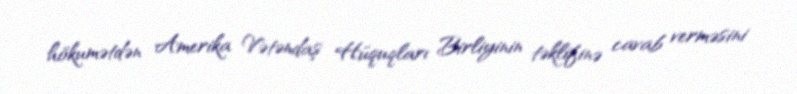
hökumətdən Amerika Vətəndaş Hüquqları Birliyinin təklifinə cavab verməsini